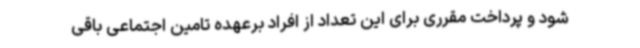
شود و پرداخت مقرری برای این تعداد از افراد برعهده تامین اجتماعی باقی